NAE_EAOK_eestikeelsed_sunnimeetrikad, lk 142
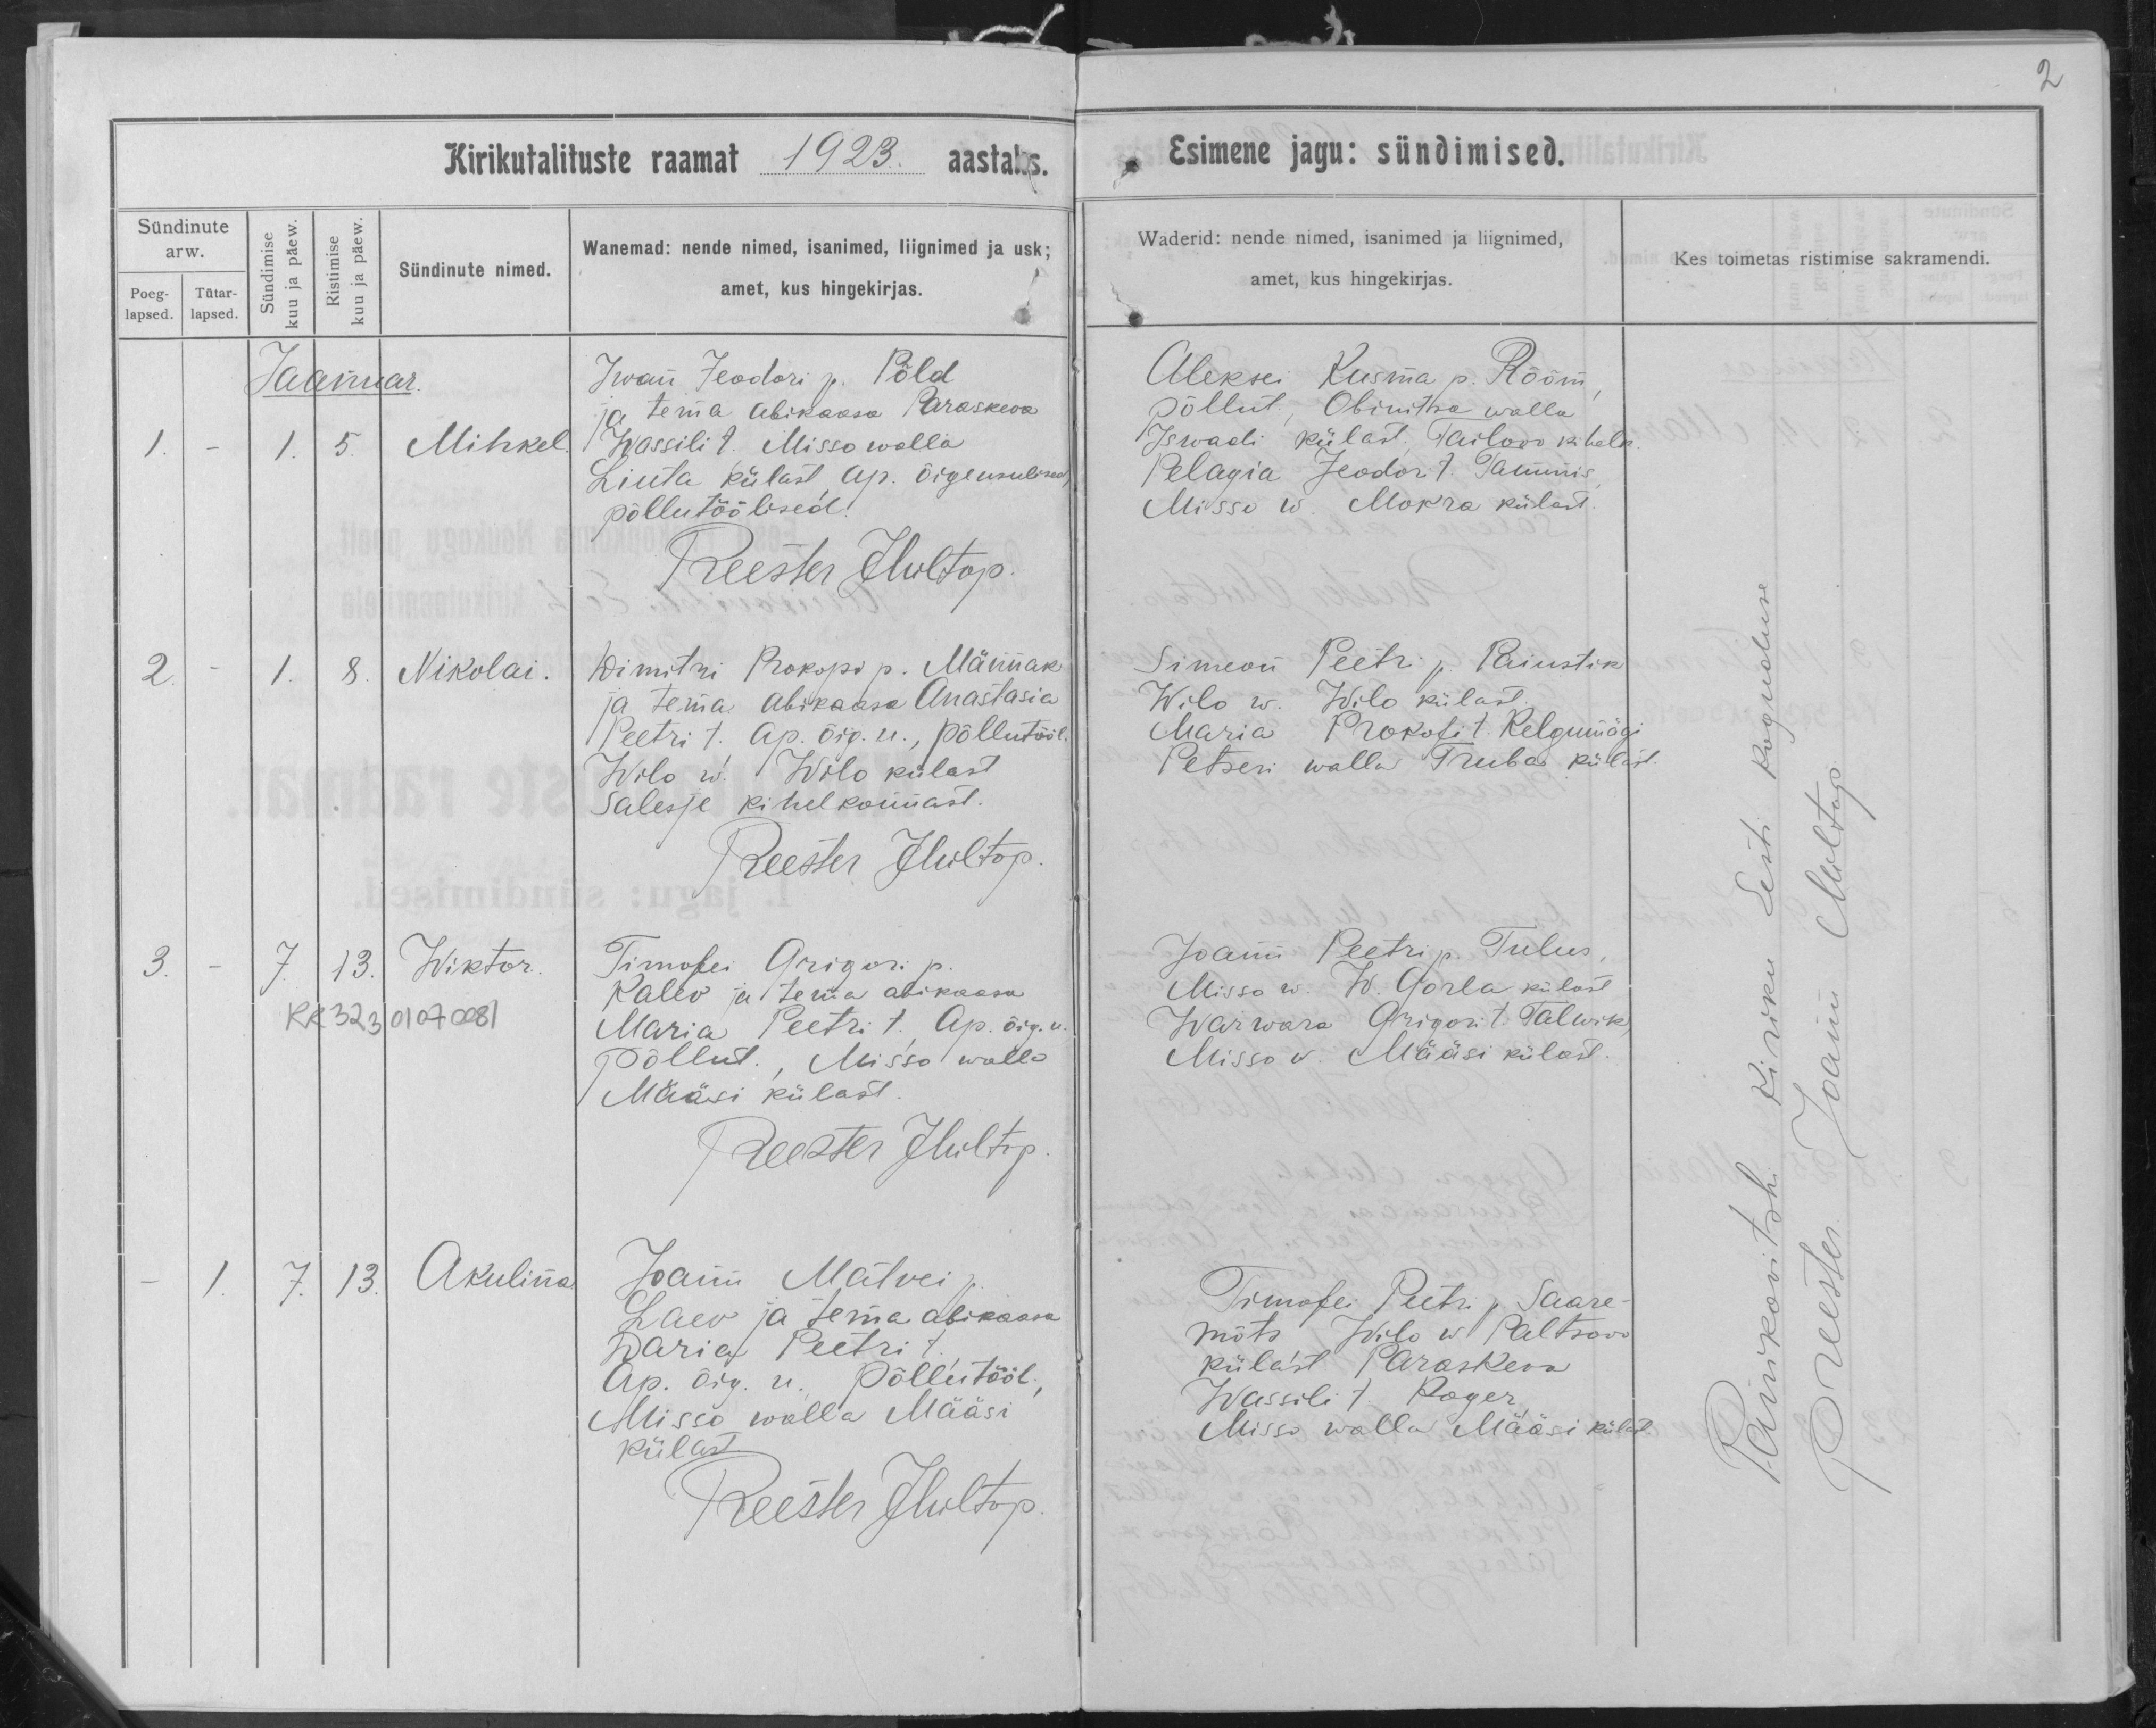
Mihkel

Nikolai

Wiktor

Akulina

Iwan Feodori p. Põld
ja tema abikaasa Paraskena
Wassili t. Misso walla
Liuta külast ap. õigeusuline,
põllutöölised

Dimitri Prokopi p. Männak
ja tema abikaasa Anastasia
Peetri t. Ap. õig. u., põllutööl.
Wilo w. Wilo külast
Salesje kihelkonnast.

Timofei Grigori p.
Kalev ja tema abikaasa
Maria Peetri t. Ap. õig. u.
põllut. , Missa walla
Määsi külast.

Joann Matvei
Laev ja tema abikaasa
Daria Peetri t.
Ap. õig. u. põllutööl.,
Missa walla Määsi
külast